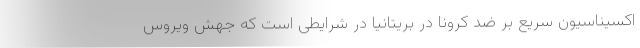
اکسیناسیون سریع بر ضد کرونا در بریتانیا در شرایطی است که جهش ویروس